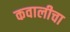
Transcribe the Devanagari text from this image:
कवालीचा